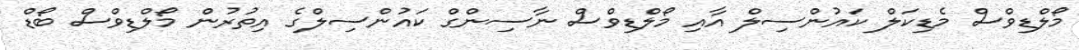
މޯލްޑިވްސް މެޑިކަލް ކައުންސިލް އާއި މޯލްޑިވްސް ނާސިންގް ކައުންސިލްގެ އިތުރުން މޯލްޑިވްސް ބޯޑް